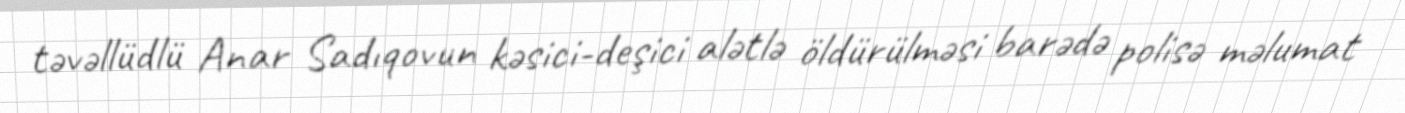
təvəllüdlü Anar Sadıqovun kəsici-deşici alətlə öldürülməsi barədə polisə məlumat